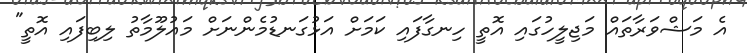
އެ މަޝްވަރާތައް މަޖިލީހުގައި އޮތީ ހިނގާފައި ކަމަށް އަޅުގަނޑުމެންނަށް މައުލޫމާތު ލިބިފައި އޮތީ"